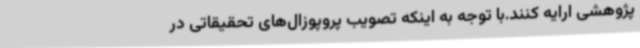
پژوهشی ارایه کنند.با توجه به اینکه تصویب پروپوزال‌های تحقیقاتی در